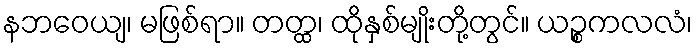
နဘဝေယျ၊ မဖြစ်ရာ။ တတ္ထ၊ ထိုနှစ်မျိုးတို့တွင်။ ယဉ္စကလလံ၊